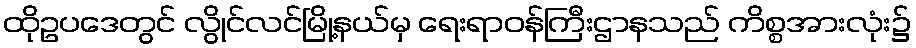
ထိုဥပဒေတွင် လွိုင်လင်မြို့နယ်မှ ရေးရာဝန်ကြီးဌာနသည် ကိစ္စအားလုံး၌